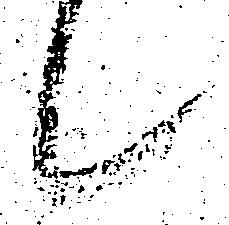
候